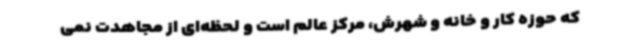
که حوزه کار و خانه و شهرش، مرکز عالم است و لحظه‌ای از مجاهدت نمی‌